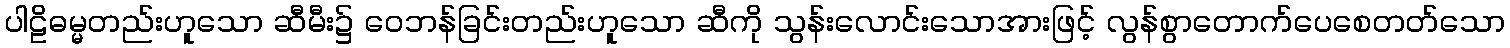
ပါဠိဓမ္မတည်းဟူသော ဆီမီး၌ ဝေဘန်ခြင်းတည်းဟူသော ဆီကို သွန်းလောင်းသောအားဖြင့် လွန်စွာတောက်ပေစေတတ်သော